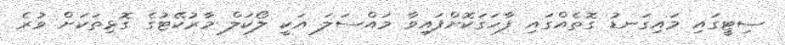
ސިޓީގައި މައިގަނޑު ގޮތެއްގައި ފާހަގަކޮށްފައިވާ މައްސަލަ އަކީ ލޯކަލް މާރުކޭޓުގެ ގޮޅިތަކަށް ވުރެ